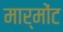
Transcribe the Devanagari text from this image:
मार्मोंट